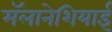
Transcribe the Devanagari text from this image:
मॅलानेशियाई